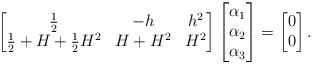
LaTeX: \begin{align*}\begin{bmatrix} \frac12 & -h & h^2\\ \frac12 +H+\frac12 H^2 & H+H^2& H^2 \end{bmatrix} \begin{bmatrix} \alpha_1\\\alpha_2\\\alpha_3\end{bmatrix}=\begin{bmatrix} 0\\0 \end{bmatrix}. \end{align*}